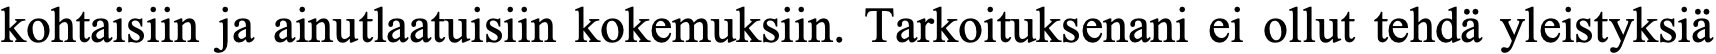
kohtaisiin ja ainutlaatuisiin kokemuksiin. Tarkoituksenani ei ollut tehdä yleistyksiä